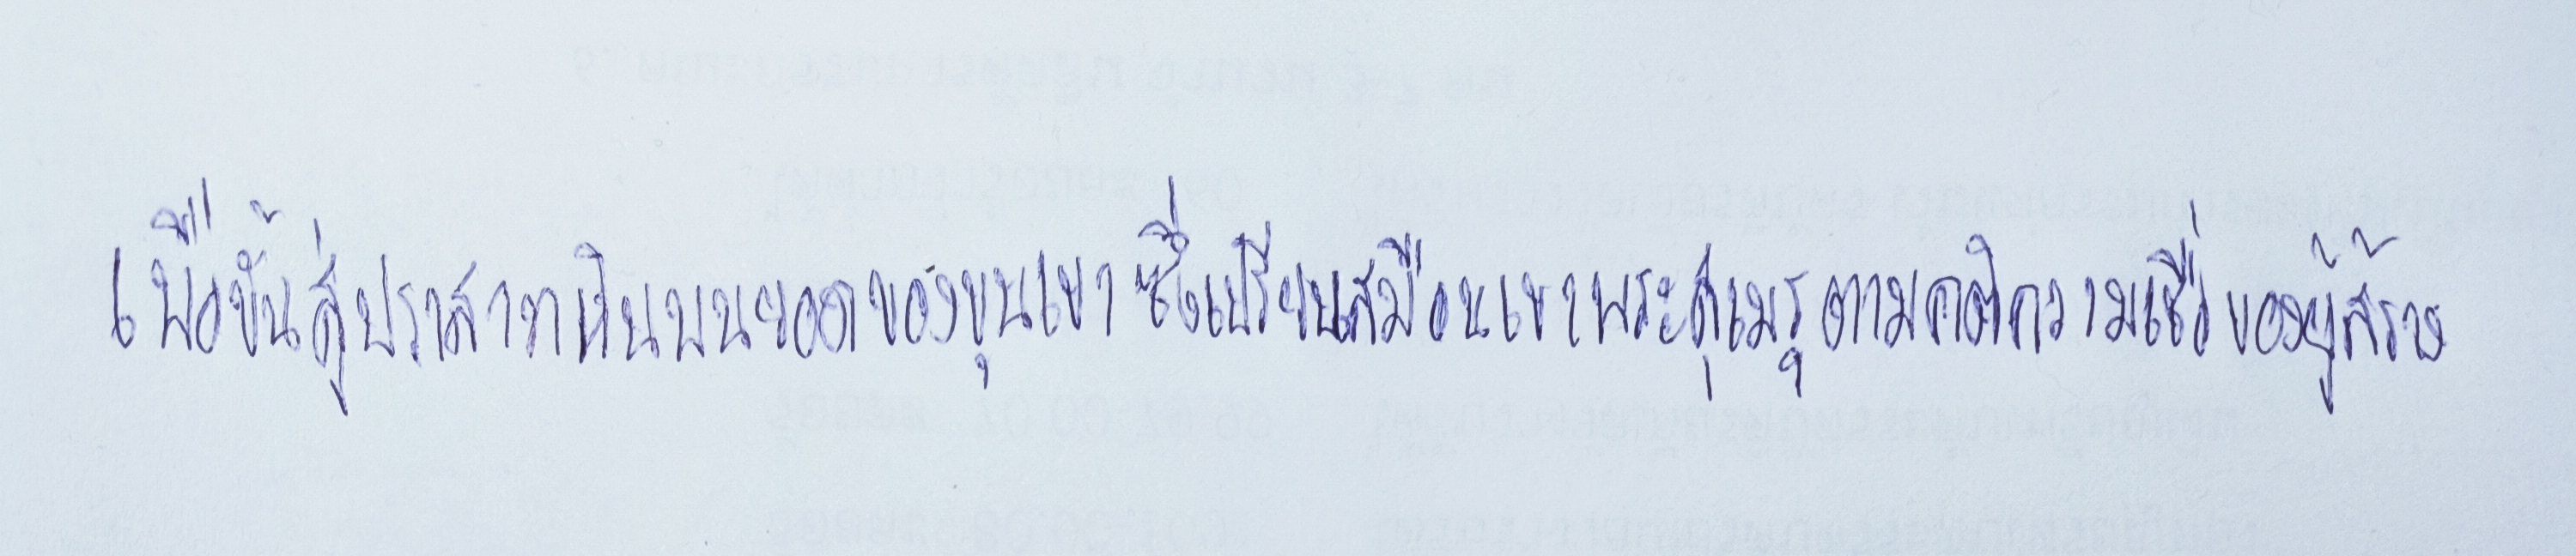
เพื่อขั้นสู่ปราสาทหินบนยอดของขุนเขาซึ่งเปรียบเสมือนเขาพระสุเมรุตามคติความเชื่อของผู้สร้าง